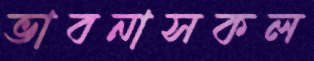
ভাবনাসকল